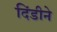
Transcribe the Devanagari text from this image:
दिंडीने